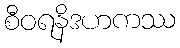
စီဝရနိဒဟကဿ